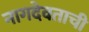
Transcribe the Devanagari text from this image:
नागदेवताची